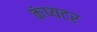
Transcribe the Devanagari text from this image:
कंप्यटर